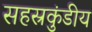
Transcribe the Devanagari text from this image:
सहस्रकुंडीय